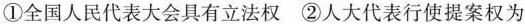
①全国人民代表大会具有立法权 ②人大代表行使提案权为